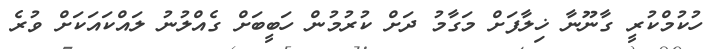
ހުކުމްކުރީ ގާނޫނާ ޚިލާފަށް މަގާމު ދަށް ކުރުމުން ހަބީބަށް ގެއްލުނު ލައްކައަކަށް ވުރެ